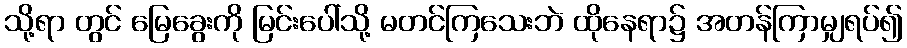
သို့ရာ တွင် မြေခွေးကို မြင်းပေါ်သို့ မတင်ကြသေးဘဲ ထိုနေရာ၌ အတန်ကြာမျှရပ်၍